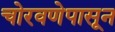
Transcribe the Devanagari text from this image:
चोरवणेपासून